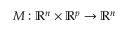
M : \mathbb { R } ^ { n } \times \mathbb { R } ^ { p } \rightarrow \mathbb { R } ^ { n }